Annual report of the Punjab Veterinary College and of the Civil Veterinary Department, Punjab - 1894-1908
Year: 1894
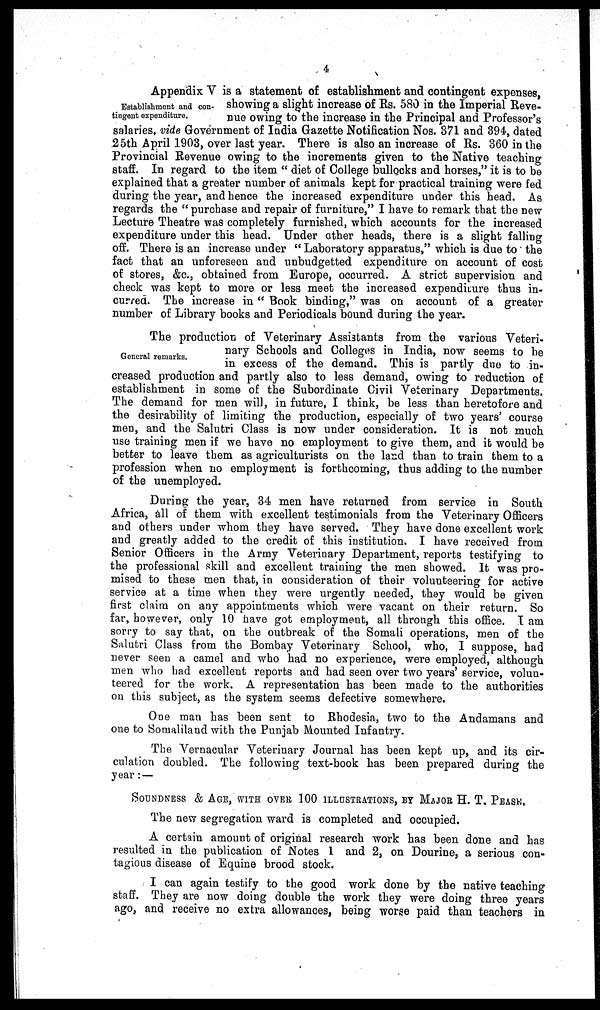
4
Establishment and con-
tingent expenditure.
Appendix V is a statement of establishment and contingent expenses,
showing a slight increase of Rs. 580 in the Imperial Reve-
nue owing to the increase in the Principal and Professor's
salaries, vide Government of India Gazette Notification Nos. 371 and 394, dated
25th April 1903, over last year. There is also an increase of Rs. 360 in the
Provincial Revenue owing to the increments given to the Native teaching
staff. In regard to the item "diet of College bullocks and horses," it is to be
explained that a greater number of animals kept for practical training were fed
during the year, and hence the increased expenditure under this head. As
regards the "purchase and repair of furniture," I have to remark that the new
Lecture Theatre was completely furnished, which accounts for the increased
expenditure under this head. Under other heads, there is a slight falling
off. There is an increase under "Laboratory apparatus," which is due to the
fact that an unforeseen and unbudgetted expenditure on account of cost
of stores, &c., obtained from Europe, occurred. A strict supervision and
check was kept to more or less meet the increased expenditure thus in-
curred. The increase in "Book binding," was on account of a greater
number of Library books and Periodicals bound during the year.
General remarks.
The production of Veterinary Assistants from the various Veteri-
nary Schools and Colleges in India, now seems to be
in excess of the demand. This is partly due to in-
creased production and partly also to less demand, owing to reduction of
establishment in some of the Subordinate Civil Veterinary Departments.
The demand for men will, in future, I think, be less than heretofore and
the desirability of limiting the production, especially of two years' course
men, and the Salutri Class is now under consideration. It is not much
use training men if we have no employment to give them, and it would be
better to leave them as agriculturists on the land than to train them to a
profession when no employment is forthcoming, thus adding to the number
of the unemployed.
During the year, 34 men have returned from service in South
Africa, all of them with excellent testimonials from the Veterinary Officers
and others under whom they have served. They have done excellent work
and greatly added to the credit of this institution. I have received from
Senior Officers in the Army Veterinary Department, reports testifying to
the professional skill and excellent training the men showed. It was pro-
mised to these men that, in consideration of their volunteering for active
service at a time when they were urgently needed, they would be given
first claim on any appointments which were vacant on their return. So
far, however, only 10 have got employment, all through this office. I am
sorry to say that, on the outbreak of the Somali operations, men of the
Salutri Class from the Bombay Veterinary School, who, I suppose, had
never seen a camel and who had no experience, were employed, although
men who had excellent reports and had seen over two years' service, volun-
teered for the work. A representation has been made to the authorities
on this subject, as the system seems defective somewhere.
One man has been sent to Rhodesia, two to the Andamans and
one to Somaliland with the Punjab Mounted Infantry.
The Vernacular Veterinary Journal has been kept up, and its cir-
culation doubled. The following text-book has been prepared during the
year:—
SOUNDNESS & AGE, WITH OVER 100 ILLUSTRATIONS, BY MAJOR H. T. PEASE.
The new segregation ward is completed and occupied.
A certain amount of original research work has been done and has
resulted in the publication of Notes 1 and 2, on Dourine, a serious con-
tagious disease of Equine brood stock.
I can again testify to the good work done by the native teaching
staff. They are now doing double the work they were doing three years
ago, and receive no extra allowances, being worse paid than teachers in